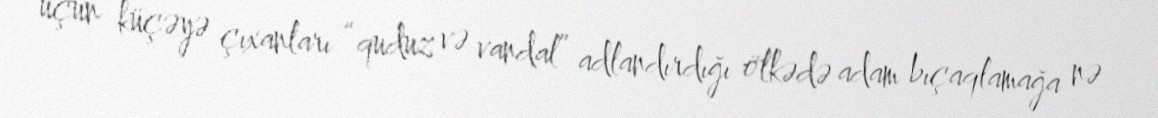
üçün küçəyə çıxanları “quduz və vandal” adlandırdığı ölkədə adam bıçaqlamağa nə